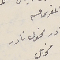
نادر مخول نادر مخاىل